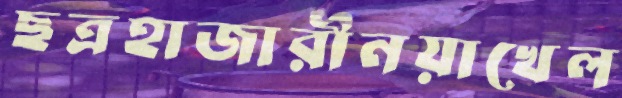
ছত্রহাজারীনয়াখেল